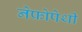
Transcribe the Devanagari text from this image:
नेफ्रोपेथी